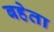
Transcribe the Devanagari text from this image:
बहेता